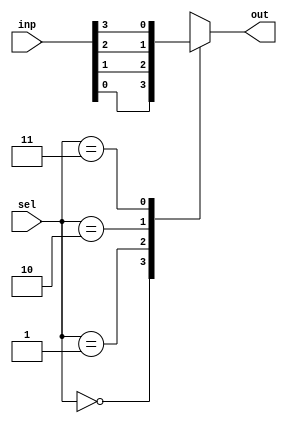
module mux (inp, sel, out);

	input [3:0] inp;
	input [1:0] sel;
	output reg out;
	
	always@(inp,sel)
	begin
	
	case(sel)
		2'd0: out <= inp[0];
		2'd1: out <= inp[1];
		2'd2: out <= inp[2];
		2'd3: out <= inp[3];
		default: out <= 1'b0;
	endcase
	
	end

endmodule